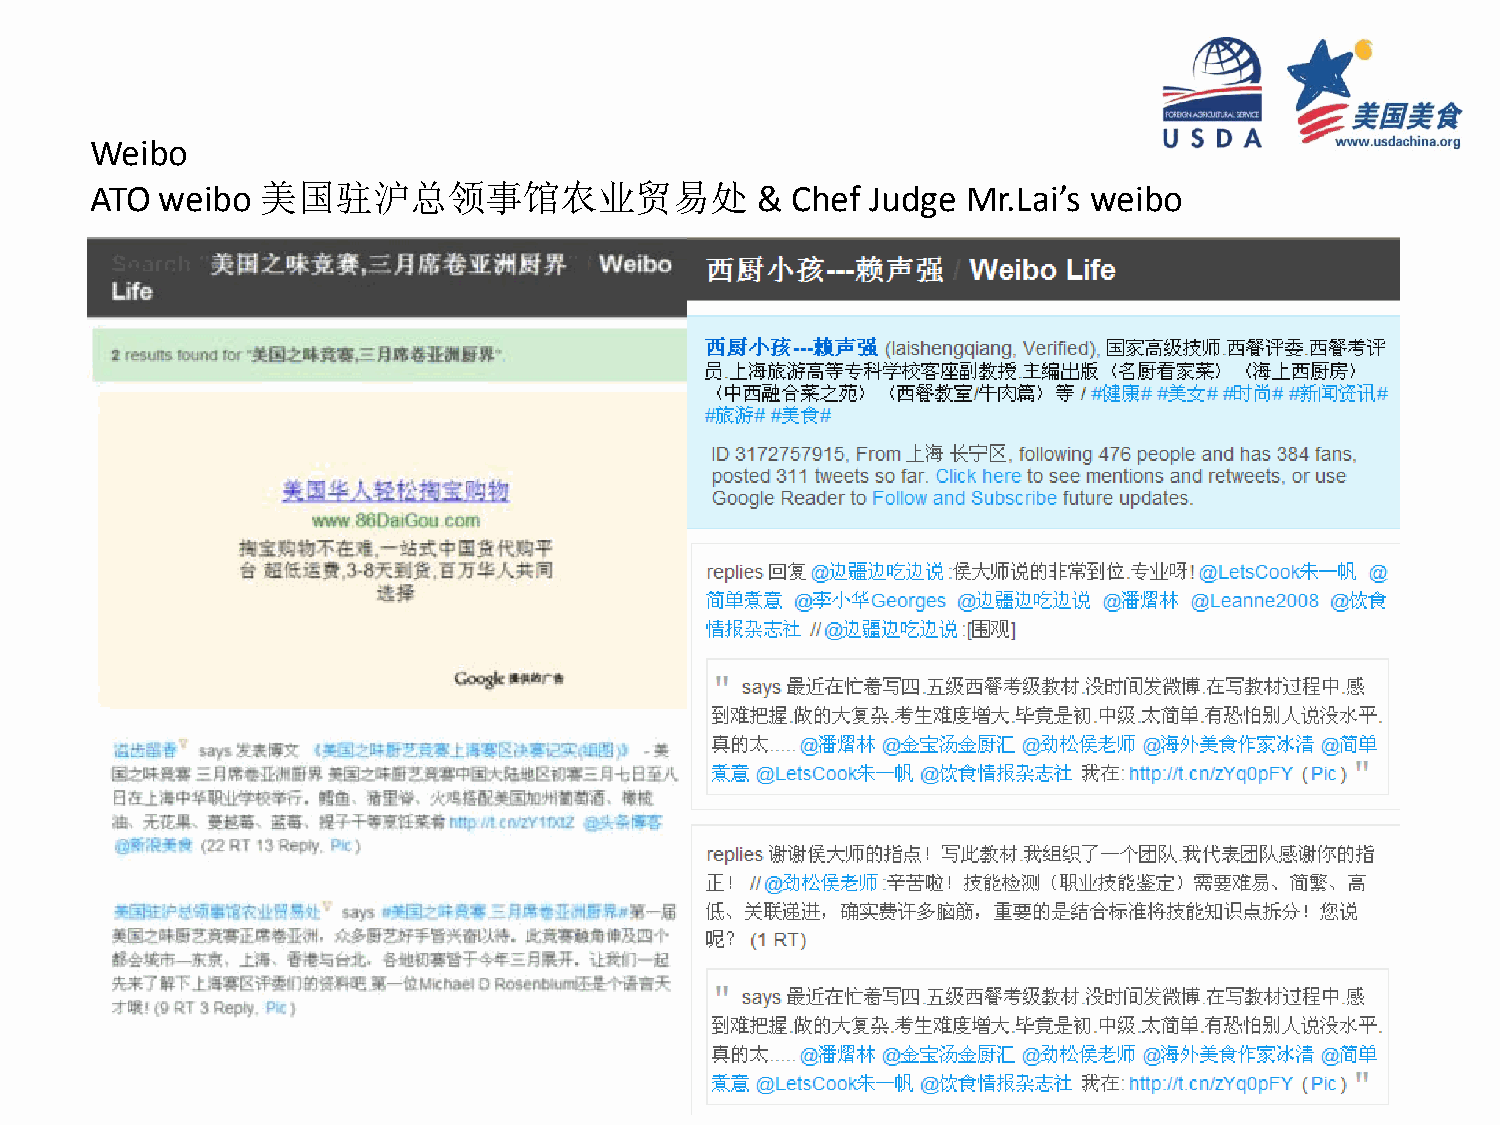
Weibo
 ATO weibo  美国驻沪总领事馆农业贸易处                    & Chef  Judge Mr.Lai’s weibo